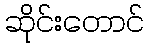
ဆိုင်းတောင်